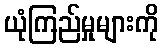
ယုံကြည်မှုများကို